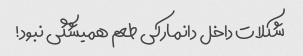
شکلات داخل دانمارکی طعم همیشگی نبود!